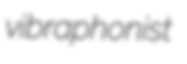
vibraphonist